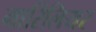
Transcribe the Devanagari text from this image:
मारिलियर